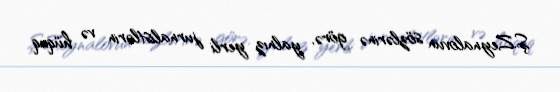
Ş.Zeynalovun sözlərinə görə, yalnız yerli jurnalistlərin və hüquq